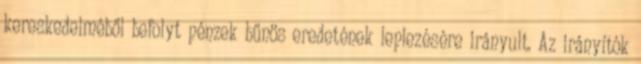
kereskedelméből befolyt pénzek bűnös eredetének leplezésére irányult. Az irányítók